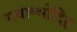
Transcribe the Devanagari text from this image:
गवाम्भोदिह